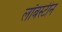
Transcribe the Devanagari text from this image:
लॉबस्टीन